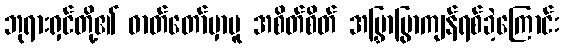
ဘုရားရှင်တို့၏ ဓာတ်တော်မှာမူ အစိတ်စိတ် အမြွှာမြွာကျန်ရစ်ခဲ့ကြောင်း